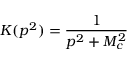
K ( p ^ { 2 } ) = \frac { 1 } { p ^ { 2 } + M _ { c } ^ { 2 } }